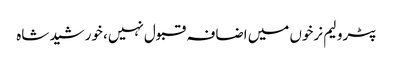
پٹرولیم نرخوں میں اضافہ قبول نہیں، خورشید شاہ